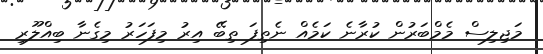
މަޖިލިސް މެމްބަރުން ކުރާނެ ކަމެއް ނެތިފަ ތިބޭ އިރު މިފަހަރު މިގެނާ ބިއްލޫރި